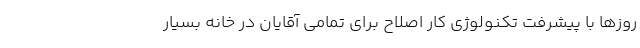
روزها با پیشرفت تکنولوژی کار اصلاح برای تمامی آقایان در خانه بسیار